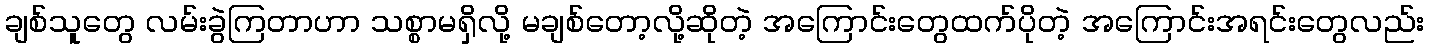
ချစ်သူတွေ လမ်းခွဲကြတာဟာ သစ္စာမရှိလို့ မချစ်တော့လို့ဆိုတဲ့ အကြောင်းတွေထက်ပိုတဲ့ အကြောင်းအရင်းတွေလည်း